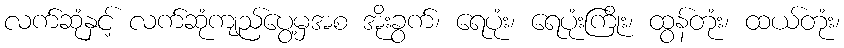
လက်ဆုံနှင့် လက်ဆုံကျည်ပွေ့မှအစ အိုးခွက်၊ ရေပုံး၊ ရေပုံးကြိုး၊ ထွန်တုံး၊ ထယ်တုံး၊